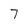
Character: 7